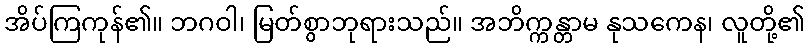
အိပ်ကြကုန်၏။ ဘဂဝါ၊ မြတ်စွာဘုရားသည်။ အဘိက္ကန္တာမ နုသကေန၊ လူတို့၏